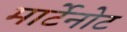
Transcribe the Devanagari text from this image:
मार्टेनोट